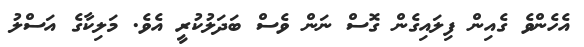
އެހެންވެ ގެއިން ފިލައިގެން ގޮސް ނަން ވެސް ބަދަލުކުރީ އެވެ. މަލިކާގެ އަސްލު